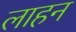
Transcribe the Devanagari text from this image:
लाहन